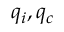
q _ { i } , q _ { c }